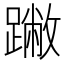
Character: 䠥